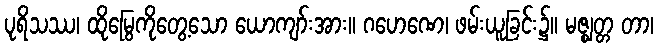
ပုရိသဿ၊ ထိုမြွေကိုတွေ့သော ယောကျာ်းအား။ ဂဟေဏေ၊ ဖမ်းယူခြင်း၌။ မဇ္ဈတ္တ တာ၊